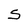
Character: S